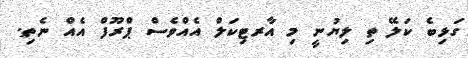
ގަޅިބެ ކަލޭ ތި ލިޔުނީ މި އާރޓިކަލް އެއްވެސް ޕްރޫފް އެއް ނެތި.